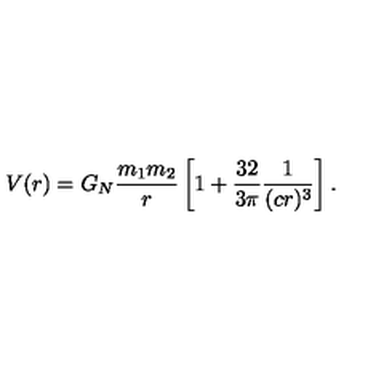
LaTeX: V ( r ) = G _ { N } \frac { m _ { 1 } m _ { 2 } } { r } \left[ 1 + \frac { 3 2 } { 3 \pi } \frac { 1 } { ( c r ) ^ { 3 } } \right] .